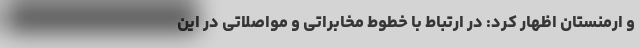
و ارمنستان اظهار کرد: در ارتباط با خطوط مخابراتی و مواصلاتی در این